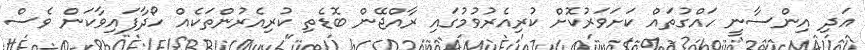
އަދި އިންސާނީ ހައްގުތައް ކަށަވަރުކޮށް ކުރިއެރުވުމުގައި ރާއްޖޭން ބޮޑެތި ކުރިއެރުންތަކެއް ހޯދާފައިވާކަން ވެސް